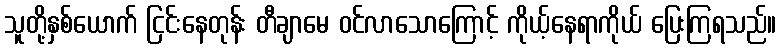
သူတို့နှစ်ယောက် ငြင်းနေတုန်း တီချာမေ ဝင်လာသောကြောင့် ကိုယ့်နေရာကိုယ် ပြေးကြရသည်။